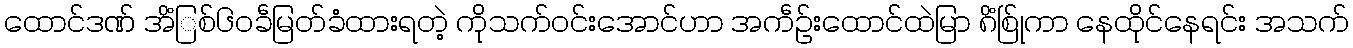
ထောင်ဒဏ် အိံြစ်၆၀ခဵမြတ်ခံထားရတဲ့ ကိုသက်ဝင်းအောင်ဟာ အကဵဉ်းထောင်ထဲမြာ ၈ိံြစ်ုကာ နေထိုင်နေရင်း အသက်